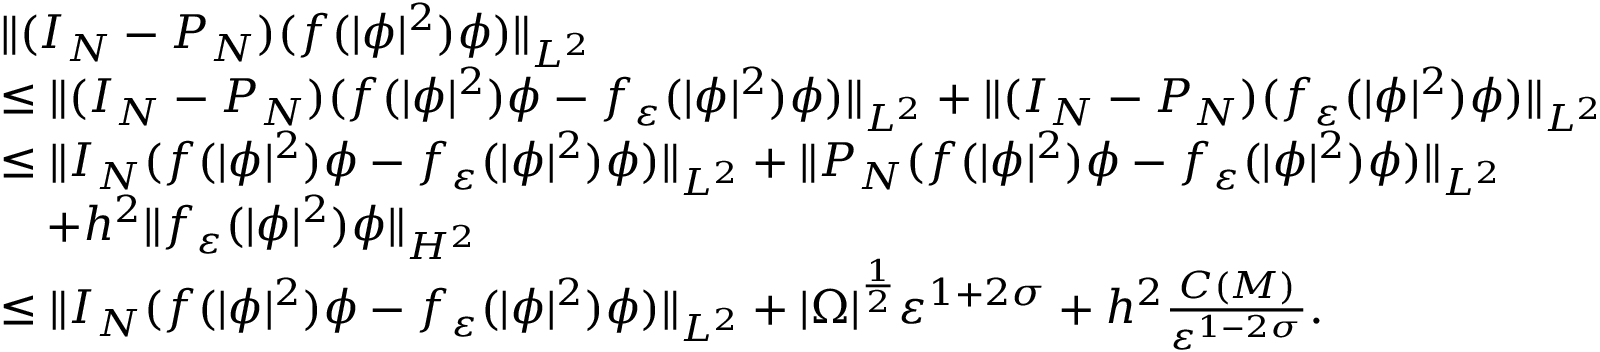
\begin{array} { r l } & { \| ( I _ { N } - P _ { N } ) ( f ( | \phi | ^ { 2 } ) \phi ) \| _ { L ^ { 2 } } } \\ & { \leq \| ( I _ { N } - P _ { N } ) ( f ( | \phi | ^ { 2 } ) \phi - f _ { \varepsilon } ( | \phi | ^ { 2 } ) \phi ) \| _ { L ^ { 2 } } + \| ( I _ { N } - P _ { N } ) ( f _ { \varepsilon } ( | \phi | ^ { 2 } ) \phi ) \| _ { L ^ { 2 } } } \\ & { \leq \| I _ { N } ( f ( | \phi | ^ { 2 } ) \phi - f _ { \varepsilon } ( | \phi | ^ { 2 } ) \phi ) \| _ { L ^ { 2 } } + \| P _ { N } ( f ( | \phi | ^ { 2 } ) \phi - f _ { \varepsilon } ( | \phi | ^ { 2 } ) \phi ) \| _ { L ^ { 2 } } } \\ & { \quad + h ^ { 2 } \| f _ { \varepsilon } ( | \phi | ^ { 2 } ) \phi \| _ { H ^ { 2 } } } \\ & { \leq \| I _ { N } ( f ( | \phi | ^ { 2 } ) \phi - f _ { \varepsilon } ( | \phi | ^ { 2 } ) \phi ) \| _ { L ^ { 2 } } + | \Omega | ^ { \frac { 1 } { 2 } } \varepsilon ^ { 1 + 2 \sigma } + h ^ { 2 } \frac { C ( M ) } { \varepsilon ^ { 1 - 2 \sigma } } . } \end{array}